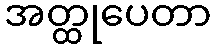
အတ္ထုပေတာ